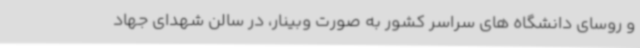
و روسای دانشگاه های سراسر کشور به صورت وبینار، در سالن شهدای جهاد